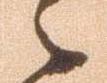
之